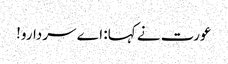
عورت نے کہا: اے سردارو!